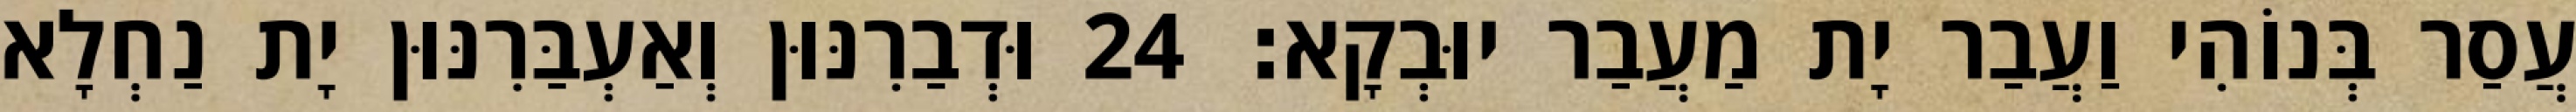
עֲסַר בְּנוֹהִי וַעֲבַר יָת מַעֲבַר יוּבְקָא׃ 24 וּדְבַרִנּוּן וְאַעְבַּרִנּוּן יָת נַחְלָא